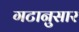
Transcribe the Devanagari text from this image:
गटानुसार